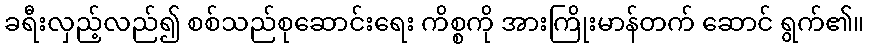
ခရီးလှည့်လည်၍ စစ်သည်စုဆောင်းရေး ကိစ္စကို အားကြိုးမာန်တက် ဆောင် ရွက်၏။